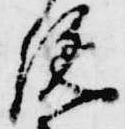
施